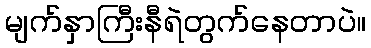
မျက်နှာကြီးနီရဲတွက်နေတာပဲ။